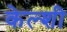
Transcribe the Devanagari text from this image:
केल्शी